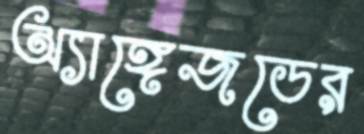
অ্যাঙ্গেজডের